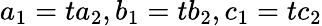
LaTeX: a_{1}=ta_{2},b_{1}=tb_{2},c_{1}=tc_{2}